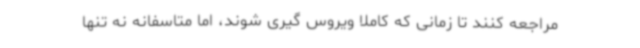
مراجعه کنند تا زمانی که کاملا ویروس گیری شوند، اما متاسفانه نه تنها